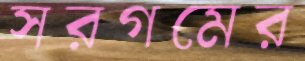
সরগমের